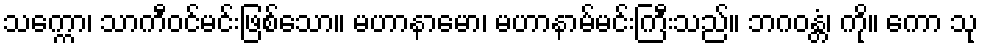
သက္ကော၊ သာကီဝင်မင်းဖြစ်သော။ မဟာနာမော၊ မဟာနာမ်မင်းကြီးသည်။ ဘဂဝန္တံ၊ ကို။ ကော သု